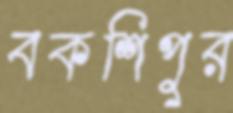
বকশিপুর